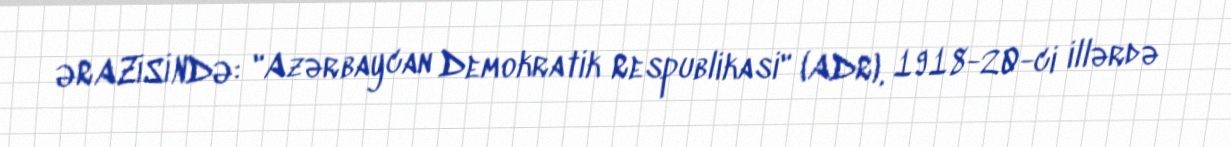
ƏRAZİSİNDƏ: "Azərbaycan Demokratik Respublikasi" (ADR), 1918-20-ci illərdə